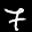
Label: 7